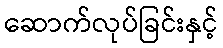
ဆောက်လုပ်ခြင်းနှင့်